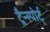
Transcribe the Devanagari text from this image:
ट्रैन्स्पोर्ट्